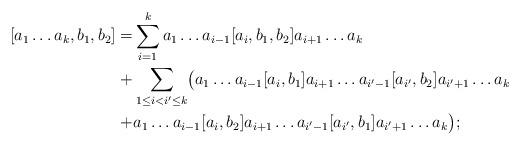
LaTeX: \begin{align*}[a_1 \dots a_k, b_1, b_2] = & \sum_{i=1}^k a_1 \dots a_{i-1} [a_i, b_1, b_2] a_{i+1} \dots a_k \\+ & \sum_{1 \le i < i' \le k} \bigl( a_1 \dots a_{i-1} [a_i, b_1] a_{i+1} \dots a_{i' - 1} [a_{i'}, b_2] a_{i' + 1} \dots a_k \\+ & a_1 \dots a_{i-1} [a_i, b_2] a_{i+1} \dots a_{i' - 1} [a_{i'}, b_1] a_{i' + 1} \dots a_k \bigr) ;\end{align*}